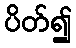
ပိတ်၍